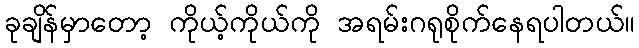
ခုချိန်မှာတော့ ကိုယ့်ကိုယ်ကို အရမ်းဂရုစိုက်နေရပါတယ်။